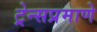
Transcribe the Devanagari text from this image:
ट्रेन्सप्रमाणे